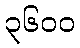
၃၆၀၀